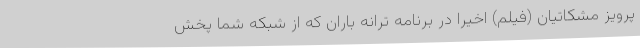
پرویز مشکاتیان (فیلم) اخیرا در برنامه ترانه باران که از شبکه شما پخش